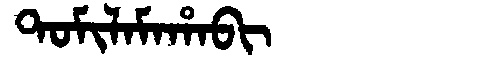
Manchu: ᡨᠣᠮᡳᠯᠠᠮᠠᡥᠠᠪᡳ
Romanization: TOMILAMAHABI